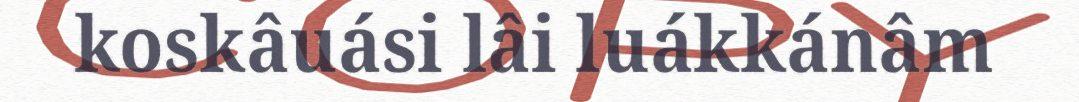
koskâuási lâi luákkánâm